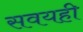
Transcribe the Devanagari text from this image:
सवयही